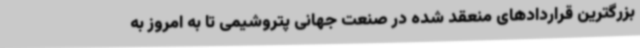
بزرگترین قراردادهای منعقد شده در صنعت جهانی پتروشیمی تا به امروز به